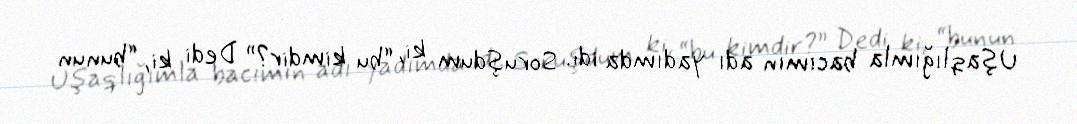
Uşaqlığımla bacımın adı yadımda idi. Soruşdum ki, “bu kimdir?” Dedi ki, “bunun